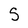
Character: S